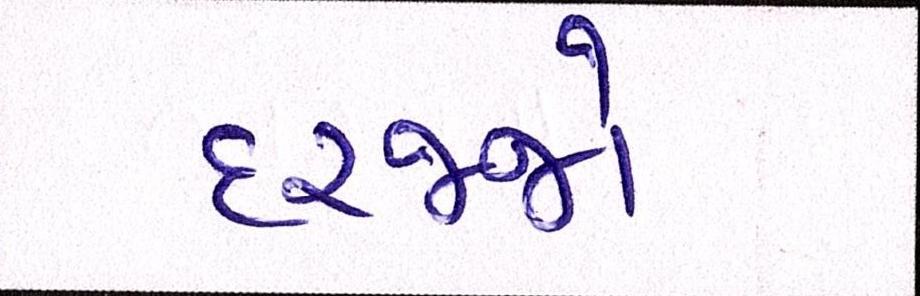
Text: દરજ્જો